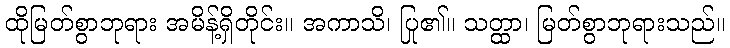
ထိုမြတ်စွာဘုရား အမိန့်ရှိတိုင်း။ အကာသိ၊ ပြု၏။ သတ္ထာ၊ မြတ်စွာဘုရားသည်။